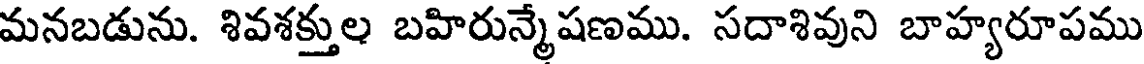
మనబడును. శివశక్తుల బహిరున్మేషణము. సదాశివుని బాహ్యరూపము